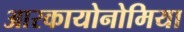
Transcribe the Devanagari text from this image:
आरकायोनोमिया